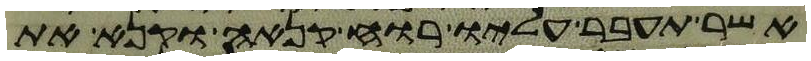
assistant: אשר תעבר עליו רוח קנאה וקנא את